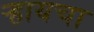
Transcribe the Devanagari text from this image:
र्‍हायचा